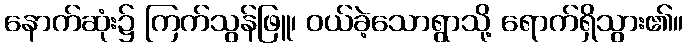
နောက်ဆုံး၌ ကြက်သွန်ဖြူ၊ ဝယ်ခဲ့သောရွာသို့ ရောက်ရှိသွား၏။